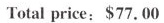
Total price: $77.00